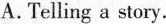
A. Telling a story.